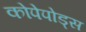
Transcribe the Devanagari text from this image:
कोपेपोड्स